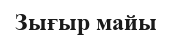
Зығыр майы